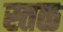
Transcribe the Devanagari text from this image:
स्तळ